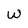
Character: W